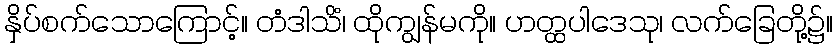
နှိပ်စက်သောကြောင့်။ တံဒါသိံ၊ ထိုကျွန်မကို။ ဟတ္ထပါဒေသု၊ လက်ခြေတို့၌။